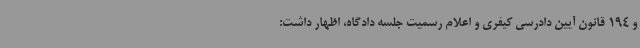
و 194 قانون آیین دادرسی کیفری و اعلام رسمیت جلسه دادگاه، اظهار داشت: